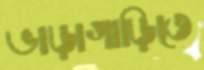
ভাড়াগাড়িতে